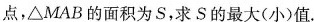
点，△MAB的面积为S，求S的最大(小)值.